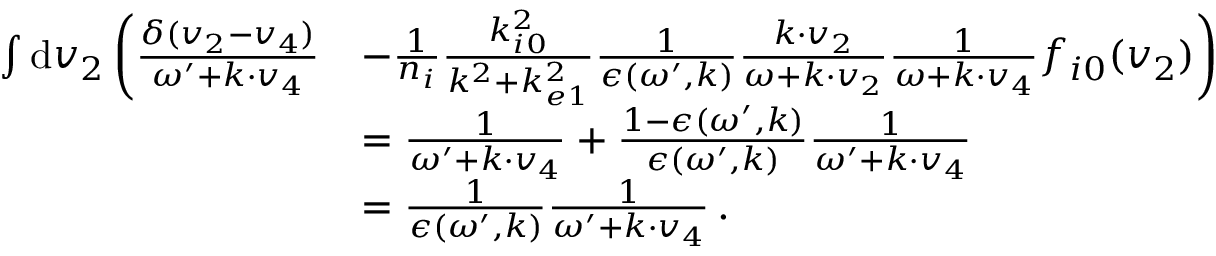
\begin{array} { r l } { \int \mathrm { d } \boldsymbol { v } _ { 2 } \, \biggl ( \frac { \delta ( \boldsymbol { v } _ { 2 } - \boldsymbol { v } _ { 4 } ) } { \omega ^ { \prime } + \boldsymbol { k } \cdot \boldsymbol { v } _ { 4 } } } & { - \frac { 1 } { n _ { i } } \frac { k _ { i 0 } ^ { 2 } } { k ^ { 2 } + k _ { e 1 } ^ { 2 } } \frac { 1 } { \epsilon ( \omega ^ { \prime } , \boldsymbol { k } ) } \frac { \boldsymbol { k \cdot v } _ { 2 } } { \omega + \boldsymbol { k \cdot v } _ { 2 } } \frac { 1 } { \omega + \boldsymbol { k \cdot v } _ { 4 } } f _ { i 0 } ( \boldsymbol { v } _ { 2 } ) \biggr ) } \\ & { = \frac { 1 } { \omega ^ { \prime } + \boldsymbol { k } \cdot \boldsymbol { v } _ { 4 } } + \frac { 1 - \epsilon ( \omega ^ { \prime } , \boldsymbol { k } ) } { \epsilon ( \omega ^ { \prime } , \boldsymbol { k } ) } \frac { 1 } { \omega ^ { \prime } + \boldsymbol { k } \cdot \boldsymbol { v } _ { 4 } } } \\ & { = \frac { 1 } { \epsilon ( \omega ^ { \prime } , \boldsymbol { k } ) } \frac { 1 } { \omega ^ { \prime } + \boldsymbol { k } \cdot \boldsymbol { v } _ { 4 } } \, . } \end{array}